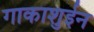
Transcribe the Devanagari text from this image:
गाकाशुईन